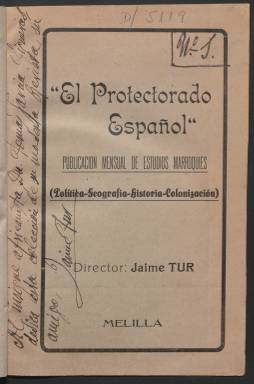
Título: El Protectorado español
Colección: África
Ámbito geográfico: Melilla
Lugar de publicación: Melilla
Fechas: 01/07/1924-31/07/1926